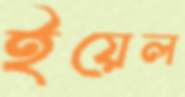
ইয়েল